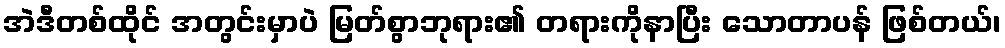
အဲဒီတစ်ထိုင် အတွင်းမှာပဲ မြတ်စွာဘုရား၏ တရားကိုနာပြီး သောတာပန် ဖြစ်တယ်၊